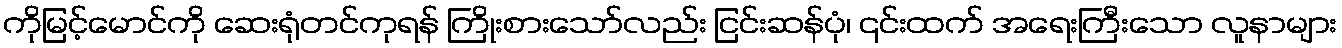
ကိုမြင့်မောင်ကို ဆေးရုံတင်ကုရန် ကြိုးစားသော်လည်း ငြင်းဆန်ပုံ၊ ၎င်းထက် အရေးကြီးသော လူနာများ